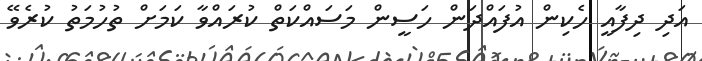
އަދި ދިފާއީ ހެކިން އުފައްދަން ހަސީން މަސައްކަތް ކުރައްވާ ކަމަށް ތުހުމަތު ކުރެވޭ